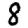
Digit: 8